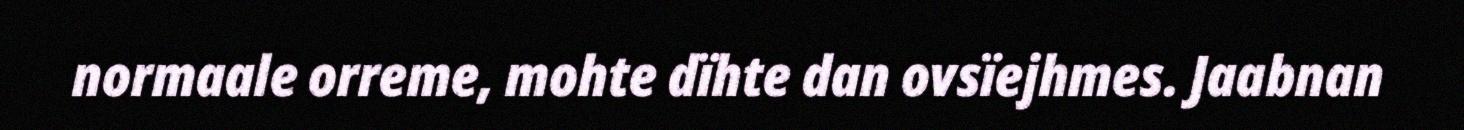
normaale orreme, mohte dïhte dan ovsïejhmes. Jaabnan